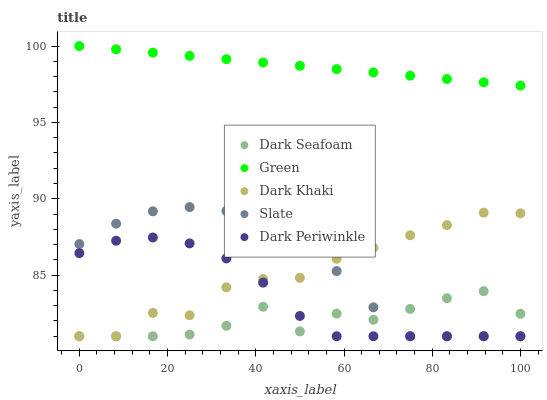
| xaxis_label | Dark Seafoam | Green | Dark Khaki | Slate | Dark Periwinkle |
 | --- | --- | --- | --- | --- | --- |
 | 0 | 81 | 100 | 81 | 87 | 86.4 |
 | 8.33 | 81 | 99.8 | 81 | 88.4 | 87.3 |
 | 16.7 | 81 | 99.6 | 82.5 | 89.2 | 87.5 |
 | 25 | 81.1 | 99.4 | 82.4 | 89.5 | 87.1 |
 | 33.3 | 81.7 | 99.1 | 84.2 | 89.2 | 86.1 |
 | 41.7 | 82.9 | 98.9 | 84.7 | 88.4 | 84.5 |
 | 50 | 81.3 | 98.7 | 84.8 | 87.1 | 82.3 |
 | 58.3 | 82.5 | 98.5 | 86.1 | 85.3 | 81 |
 | 66.7 | 82.1 | 98.3 | 86.8 | 82.9 | 81 |
 | 75 | 82.8 | 98.1 | 87.6 | 81 | 81 |
 | 83.3 | 83.5 | 97.8 | 88.3 | 81 | 81 |
 | 91.7 | 84 | 97.6 | 89.1 | 81 | 81 |
 | 100 | 82.5 | 97.4 | 89 | 81 | 81 |